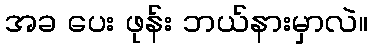
အခ ပေး ဖုန်း ဘယ်နားမှာလဲ။